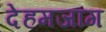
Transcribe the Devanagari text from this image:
देहमजांग